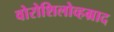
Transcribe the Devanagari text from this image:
वोरोशिलोव्हग्राद